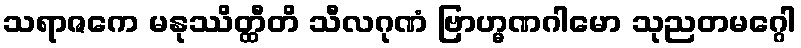
သရာဇကေ မနုဿိတ္ထီတိ သီလဂုဏံ ဗြာဟ္မဏဂါမော သုညတမဂ္ဂေါ